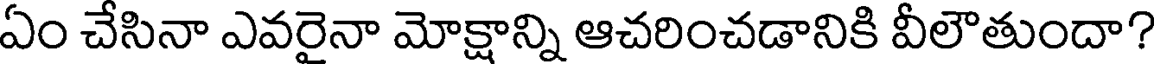
ఏం చేసినా ఎవరైనా మోక్షాన్ని ఆచరించడానికి వీలౌతుందా?